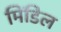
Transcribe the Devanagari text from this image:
मिंडिल